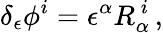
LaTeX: \delta_{\epsilon}\phi^{i}=\epsilon^{\alpha}R_{\alpha}^{\ i}\, ,